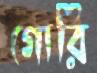
গোরি